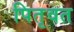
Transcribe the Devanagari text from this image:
पितृवत